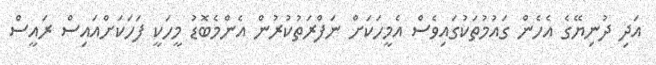
އަދި ދުނިޔޭގެ އެހެން ގައުމުތަކުގައިވެސް އެމީހަކަށް ނަފްރަތުކުރުން އެންމެބޮޑު މީހަކީ ފަހަކަށްއައިސް ރައީސް